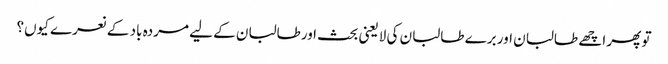
تو پھر اچھے طالبان اور برے طالبان کی لایعنی بحث اورطالبان کے لیے مردہ باد کے نعرے کیوں؟